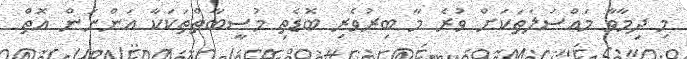
މި ދިމާވާ މައްސަލަތަކަށް ވުރެ މާ ބިރުވެރި ބޮޑެތި މުސީބާތްތަކަކާ އަންނަން އޮތް